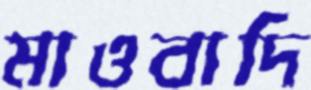
মাওবাদি